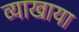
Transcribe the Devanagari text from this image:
व्याखाया